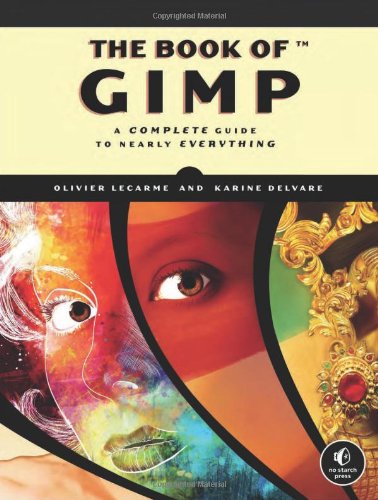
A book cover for The Book of GIMP: A Complete Guide to Nearly Everything; Olivier Lecarme; Computers & Technology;